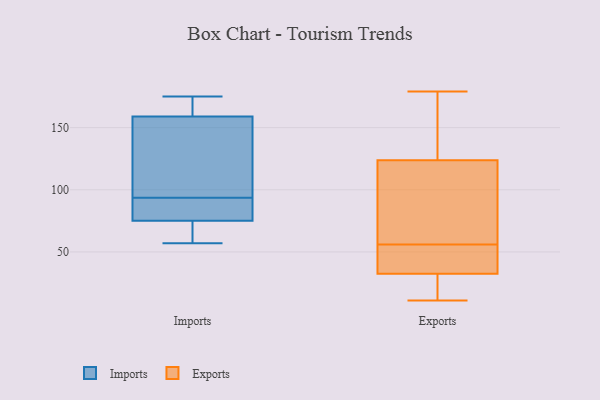
{"axis": {"x": "Churn Rate (%)", "y": "Value"}, "legend": ["Exports", "Imports"], "data": [{"x": "", "y": 96, "type": "Imports"}, {"x": "", "y": 91, "type": "Imports"}, {"x": "", "y": 86, "type": "Imports"}, {"x": "", "y": 175, "type": "Imports"}, {"x": "", "y": 57, "type": "Imports"}, {"x": "", "y": 81, "type": "Imports"}, {"x": "", "y": 171, "type": "Imports"}, {"x": "", "y": 159, "type": "Imports"}, {"x": "", "y": 75, "type": "Imports"}, {"x": "", "y": 64, "type": "Imports"}, {"x": "", "y": 164, "type": "Imports"}, {"x": "", "y": 155, "type": "Imports"}, {"x": "", "y": 136, "type": "Imports"}, {"x": "", "y": 69, "type": "Imports"}, {"x": "", "y": 179, "type": "Exports"}, {"x": "", "y": 165, "type": "Exports"}, {"x": "", "y": 11, "type": "Exports"}, {"x": "", "y": 45, "type": "Exports"}, {"x": "", "y": 103, "type": "Exports"}, {"x": "", "y": 37, "type": "Exports"}, {"x": "", "y": 31, "type": "Exports"}, {"x": "", "y": 56, "type": "Exports"}, {"x": "", "y": 123, "type": "Exports"}, {"x": "", "y": 12, "type": "Exports"}, {"x": "", "y": 124, "type": "Exports"}]}